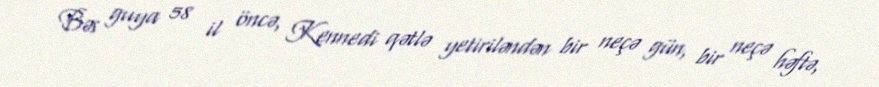
Bəs guya 58 il öncə, Kennedi qətlə yetiriləndən bir neçə gün, bir neçə həftə,